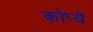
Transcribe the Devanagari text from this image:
कोप्ये